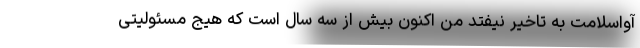
آواسلامت به تاخیر نیفتد من اکنون بیش از سه سال است که هیج مسئولیتی